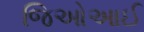
જિઓઆઈ